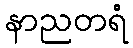
နာညတရံ